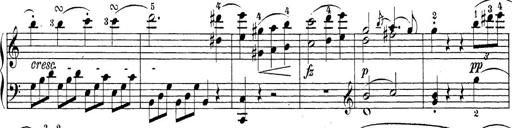
Title: Sonatina Album
Composer: Louis KÃ¶hler